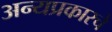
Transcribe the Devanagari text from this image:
अन्यप्रकारचे